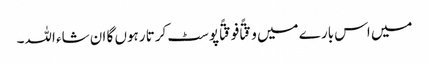
میں اس بارے میں وقتًا فوقتًا پوسٹ کرتا رہوں گا ان شاء اللہ۔